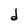
Character: d